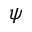
\psi